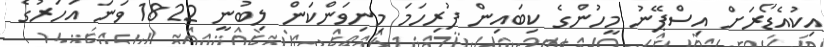
އިކުއެެޑޯރަށް އިސްޕޭނު މީހުންގެ ކިބައިން ފުރިހަމަ މިނިވަންކަން ލިބުނީ 1822 ވަނަ އަހަރުގެ